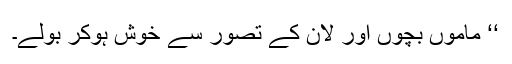
‘‘ ماموں بچوں اور لان کے تصور سے خوش ہوکر بولے۔